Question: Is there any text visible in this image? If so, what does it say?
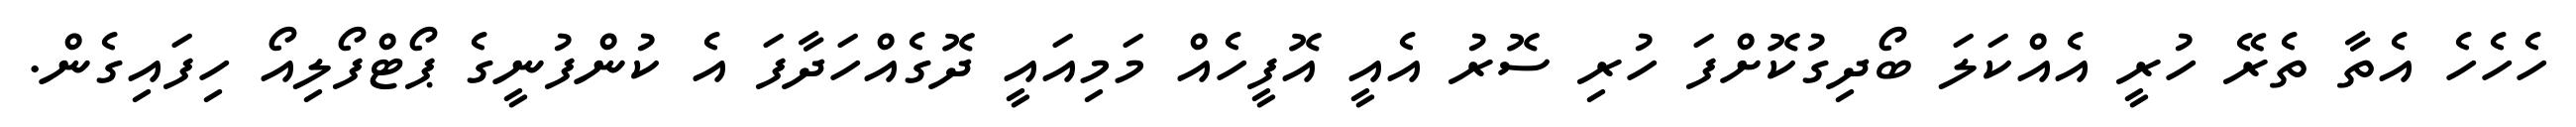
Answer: ހެހެހެ އެތާ ތެރޭ ހުރީ އެއްކަލަ ބޯދިގުކޮށްފަ ހުރި ސޮރު އެއީ އޮފީހެއް މަމިއައީ ދޮގެއްހަދާފަ އެ ކުންފުނީގެ ޕޯޓްފޯލިއޯ ހިފައިގެން.